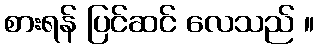
စားရန် ပြင်ဆင် လေသည် ။